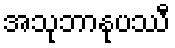
အသုဘာနုပဿီ